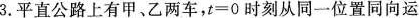
3.平直公路上有甲、乙两车，$$t=0$$时刻从同一位置同向运